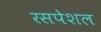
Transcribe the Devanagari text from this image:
रसपेशल